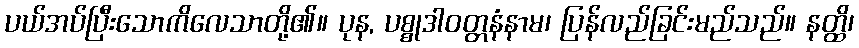
ပယ်အပ်ပြီးသောကိလေသာတို့၏။ ပုန, ပစ္စုဒါဝတ္တနံနာမ၊ ပြန်လည်ခြင်းမည်သည်။ နတ္ထိ၊